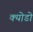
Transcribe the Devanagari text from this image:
क्योडो